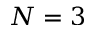
N = 3